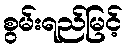
စွမ်းရည်မြင့်